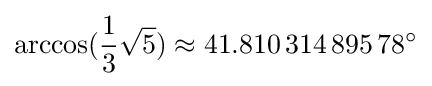
\arccos({\frac {1}{3}}{\sqrt {5}})\approx 41.810\,314\,895\,78^{\circ }